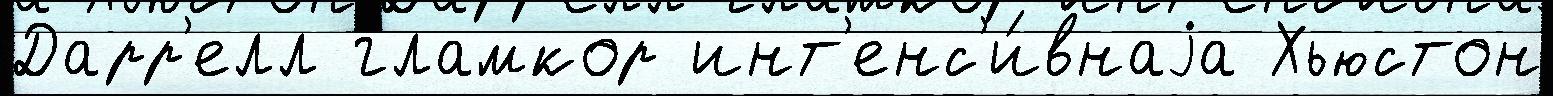
Дарр'елл гламкор инт'енс'и́внаjа Хьюстон